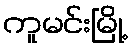
ကူမင်းမြို့